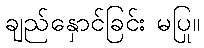
ချည်နှောင်ခြင်း မပြု။